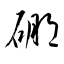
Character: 硼